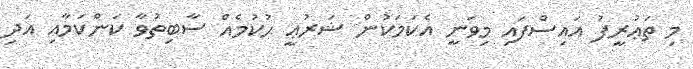
މި ތަޢުރީފު އައިސްފައި މިވަނީ އެކަމަކުން ޝަރުޢީ ޙުކުމެއް ސާބިތުވާ ކަންކަމާއި އަދި